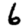
Digit: 6